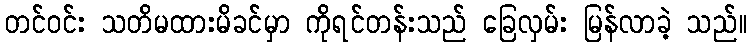
တင်ဝင်း သတိမထားမိခင်မှာ ကိုရင်တန်းသည် ခြေလှမ်း မြန်လာခဲ့ သည်။